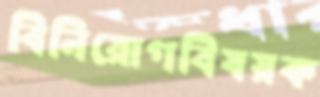
বিনিয়োগবিষয়ক